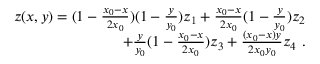
\begin{array} { r } { z ( x , y ) = ( 1 - \frac { x _ { 0 } - x } { 2 x _ { 0 } } ) ( 1 - \frac { y } { y _ { 0 } } ) z _ { 1 } + \frac { x _ { 0 } - x } { 2 x _ { 0 } } ( 1 - \frac { y } { y _ { 0 } } ) z _ { 2 } } \\ { + \frac { y } { y _ { 0 } } ( 1 - \frac { x _ { 0 } - x } { 2 x _ { 0 } } ) z _ { 3 } + \frac { ( x _ { 0 } - x ) y } { 2 x _ { 0 } y _ { 0 } } z _ { 4 } \ . } \end{array}